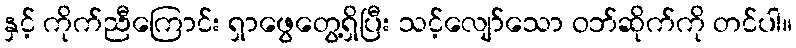
နှင့် ကိုက်ညီကြောင်း ရှာဖွေတွေ့ရှိပြီး သင့်လျော်သော ဝဘ်ဆိုက်ကို တင်ပါ။